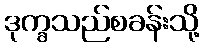
ဒုက္ခသည်စခန်းသို့